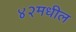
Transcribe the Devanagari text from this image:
४२मधील